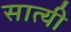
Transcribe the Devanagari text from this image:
सात्यी